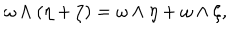
LaTeX: \omega \wedge ( \eta + \zeta ) = \omega \wedge \eta + \omega \wedge \zeta ,